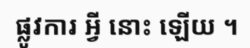
ផ្លូវការ អ្វី នោះ ឡើយ ។